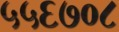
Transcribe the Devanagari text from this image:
५५६७०८